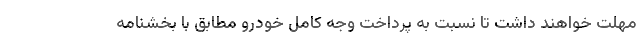
مهلت خواهند داشت تا نسبت به پرداخت وجه کامل خودرو مطابق با بخشنامه